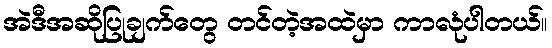
အဲဒီအဆိုပြုချက်တွေ တင်တဲ့အထဲမှာ ကာလုံပါတယ်။